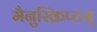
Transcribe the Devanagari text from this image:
मैनुस्क्रिप्टस्‌